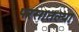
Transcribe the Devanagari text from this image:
परसातल्या